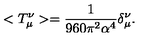
< T _ { \mu } ^ { \nu } > = \frac { 1 } { 9 6 0 \pi ^ { 2 } \alpha ^ { 4 } } \delta _ { \mu } ^ { \nu } .